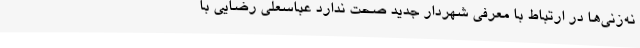
نه‌زنی‌ها در ارتباط با معرفی شهردار جدید صحت ندارد عباسعلی رضایی با